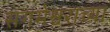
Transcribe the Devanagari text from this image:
संगमेश्वराच्या